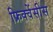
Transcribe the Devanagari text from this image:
फ्रिक्वेंसीस